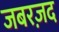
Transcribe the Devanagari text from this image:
जबरज़द